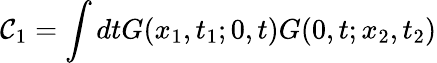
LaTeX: \mathcal{C}_{1}=\int dtG(x_{1},t_{1};0,t)G(0,t;x_{2},t_{2})